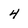
Character: 4